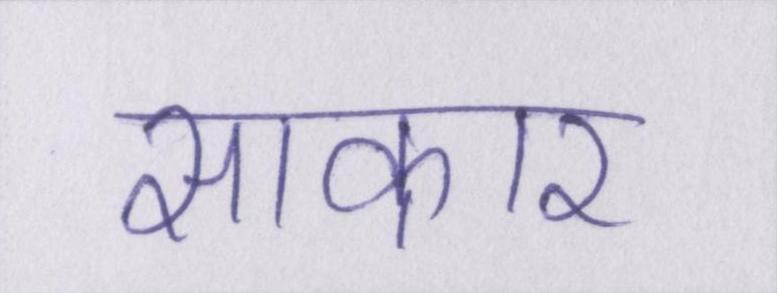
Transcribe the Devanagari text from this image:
साकार